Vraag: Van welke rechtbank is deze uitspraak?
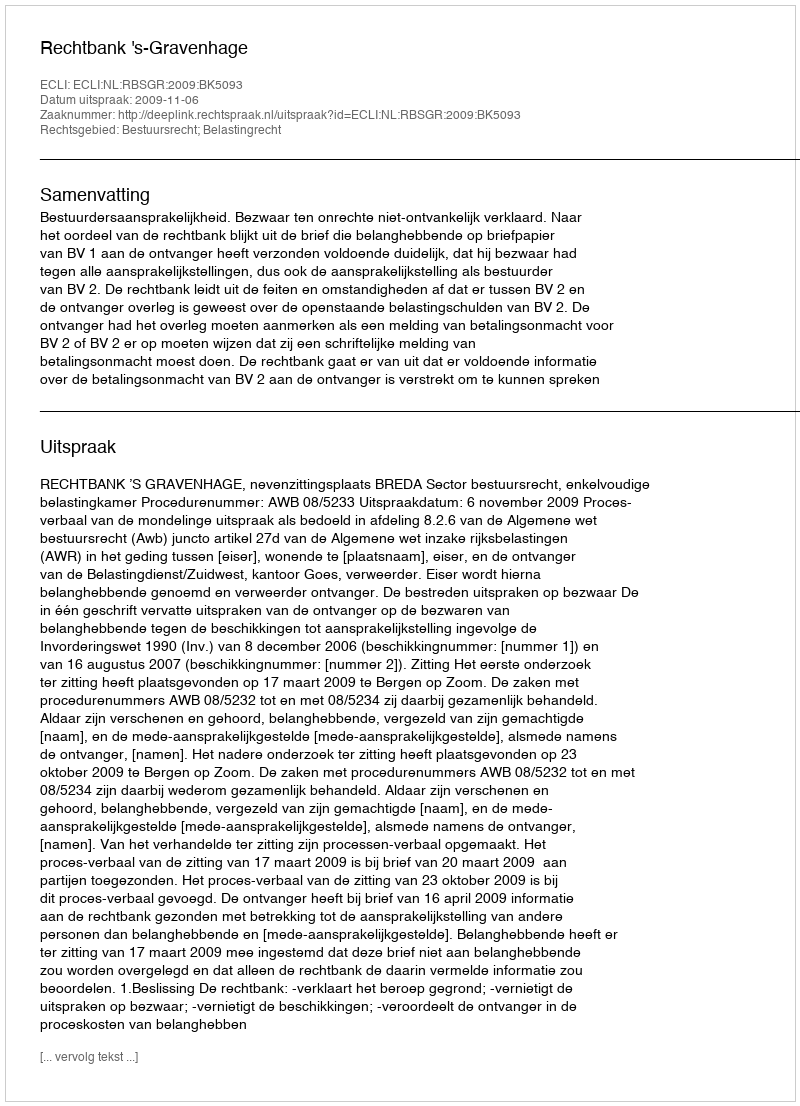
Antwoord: Rechtbank 's-Gravenhage